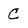
Character: C